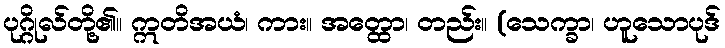
ပုဂ္ဂိုလ်တို့၏။ ဣတိအယံ၊ ကား။ အတ္ထော၊ တည်း။ (သေက္ခာ၊ ဟူသောပုဒ်